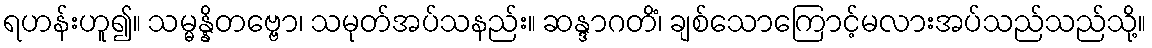
ရဟန်းဟူ၍။ သမ္မန္နိတဗ္ဗော၊ သမုတ်အပ်သနည်း။ ဆန္ဒာဂတိံ၊ ချစ်သောကြောင့်မလားအပ်သည်သည်သို့။